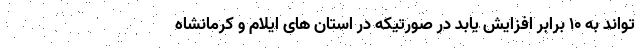
تواند به ۱۰ برابر افزایش یابد در صورتیکه در استان های ایلام و کرمانشاه